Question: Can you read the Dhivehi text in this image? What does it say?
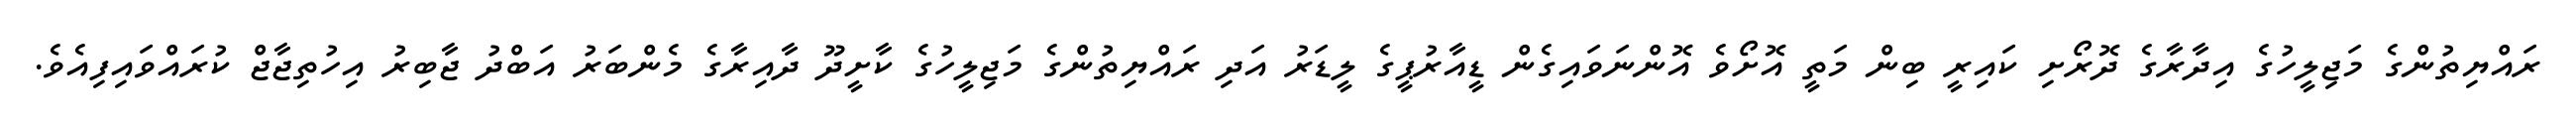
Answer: ރައްޔިތުންގެ މަޖިލީހުގެ އިދާރާގެ ދޮރޯށި ކައިރީ ބިން މަތީ އޮށޯވެ އޮންނަވައިގެން ޑީއާރުޕީގެ ލީޑަރު އަދި ރައްޔިތުންގެ މަޖިލީހުގެ ކާށީދޫ ދާއިރާގެ މެންބަރު އަބްދު ޖާބިރު އިހުތިޖާޖް ކުރައްވައިފިއެވެ.